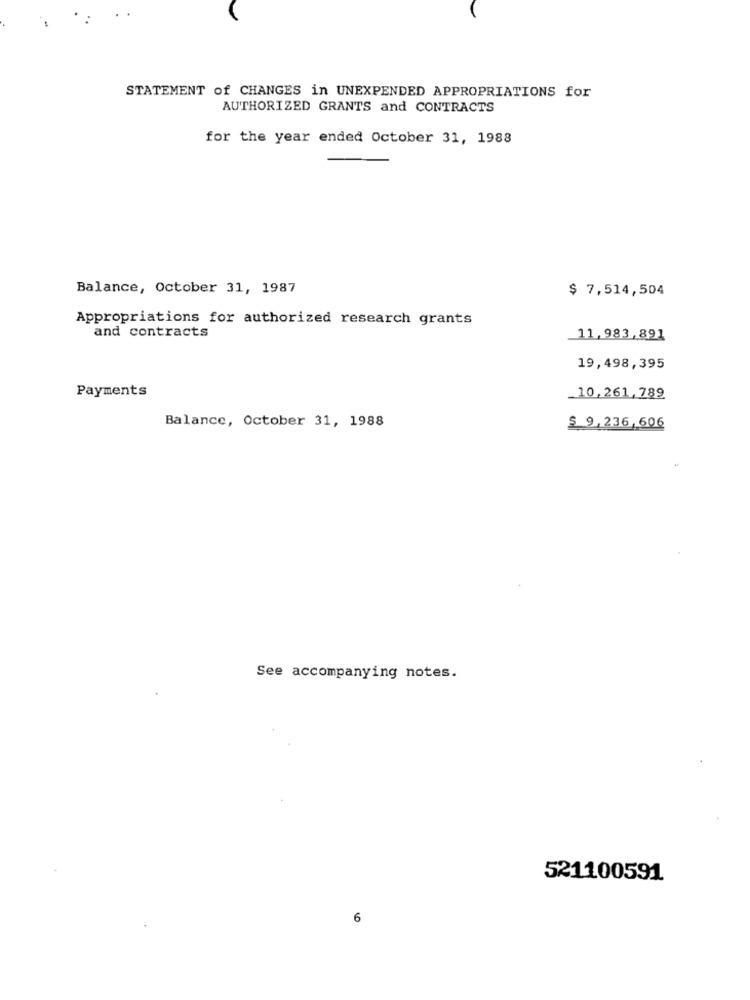
STATEMENT of CHANGES in UNEXPENDED APPROPRIATIONS for
AUTHORIZED GRANTS and CONTRACTS
for the year ended October 31, 1988
Balance, October 31, 1987
$ 7,514,504
Appropriations for authorized research grants
and contracts
11,983,891
19,498,395
Payments
10.261,789
Balance, October 31, 1988
$ 9,236,606
See accompanying notes.
521100591
6